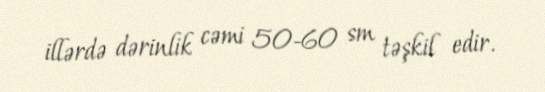
illərdə dərinlik cəmi 50-60 sm təşkil edir.